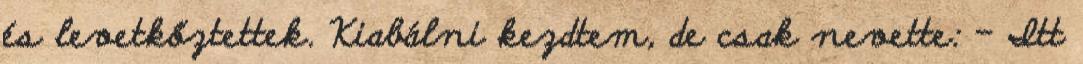
és levetkőztettek. Kiabálni kezdtem, de csak nevette: – Itt